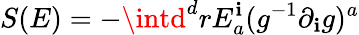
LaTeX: S(E)=-\intd^{d}rE_{a}^{\mathbf{i}}(g^{-1}\partial_{\mathbf{i}}g)^{a}